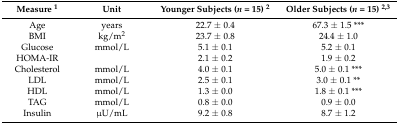
<table><thead><tr><td><b>Measure <sup>1</sup></b></td><td><b>Unit</b></td><td><b>Younger Subjects (<i>n</i> = 15) <sup>2</sup></b></td><td><b>Older Subjects (<i>n</i> = 15) <sup>2,3</sup></b></td></tr></thead><tbody><tr><td>Age</td><td>years</td><td>22.7 ± 0.4</td><td>67.3 ± 1.5 ***</td></tr><tr><td>BMI</td><td>kg/m<sup>2</sup></td><td>23.7 ± 0.8</td><td>24.4 ± 1.0</td></tr><tr><td>Glucose</td><td>mmol/L</td><td>5.1 ± 0.1</td><td>5.2 ± 0.1</td></tr><tr><td>HOMA-IR</td><td></td><td>2.1 ± 0.2</td><td>1.9 ± 0.2</td></tr><tr><td>Cholesterol</td><td>mmol/L</td><td>4.0 ± 0.1</td><td>5.0 ± 0.1 ***</td></tr><tr><td>LDL</td><td>mmol/L</td><td>2.5 ± 0.1</td><td>3.0 ± 0.1 **</td></tr><tr><td>HDL</td><td>mmol/L</td><td>1.3 ± 0.0</td><td>1.8 ± 0.1 ***</td></tr><tr><td>TAG</td><td>mmol/L</td><td>0.8 ± 0.0</td><td>0.9 ± 0.0</td></tr><tr><td>Insulin</td><td>μU/mL</td><td>9.2 ± 0.8</td><td>8.7 ± 1.2</td></tr></tbody></table>